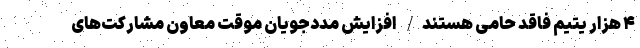
۴ هزار یتیم فاقد حامی هستند/ افزایش مددجویانِ موقت معاون مشارکت‌های